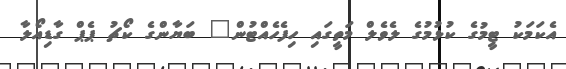
އެކަމަކު ޓީމުގެ ކުޅުމުގެ ލެވެލް މަތީގައި ހިފެހެއްޓުން" ބަޔާންގެ ކޯޗު ޕެޕް ގާޑިއޯލާ